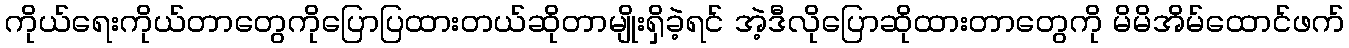
ကိုယ်ရေးကိုယ်တာတွေကိုပြောပြထားတယ်ဆိုတာမျိုးရှိခဲ့ရင် အဲ့ဒီလိုပြောဆိုထားတာတွေကို မိမိအိမ်ထောင်ဖက်